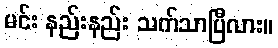
မင်း နည်းနည်း သက်သာပြီလား။